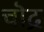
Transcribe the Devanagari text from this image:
चॊद्र